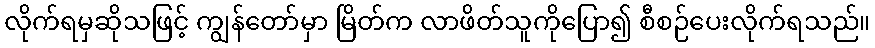
လိုက်ရမှဆိုသဖြင့် ကျွန်တော်မှာ မြိတ်က လာဖိတ်သူကိုပြော၍ စီစဉ်ပေးလိုက်ရသည်။